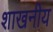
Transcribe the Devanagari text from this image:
शाखनीय